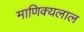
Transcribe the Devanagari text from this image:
माणिक्यलाल